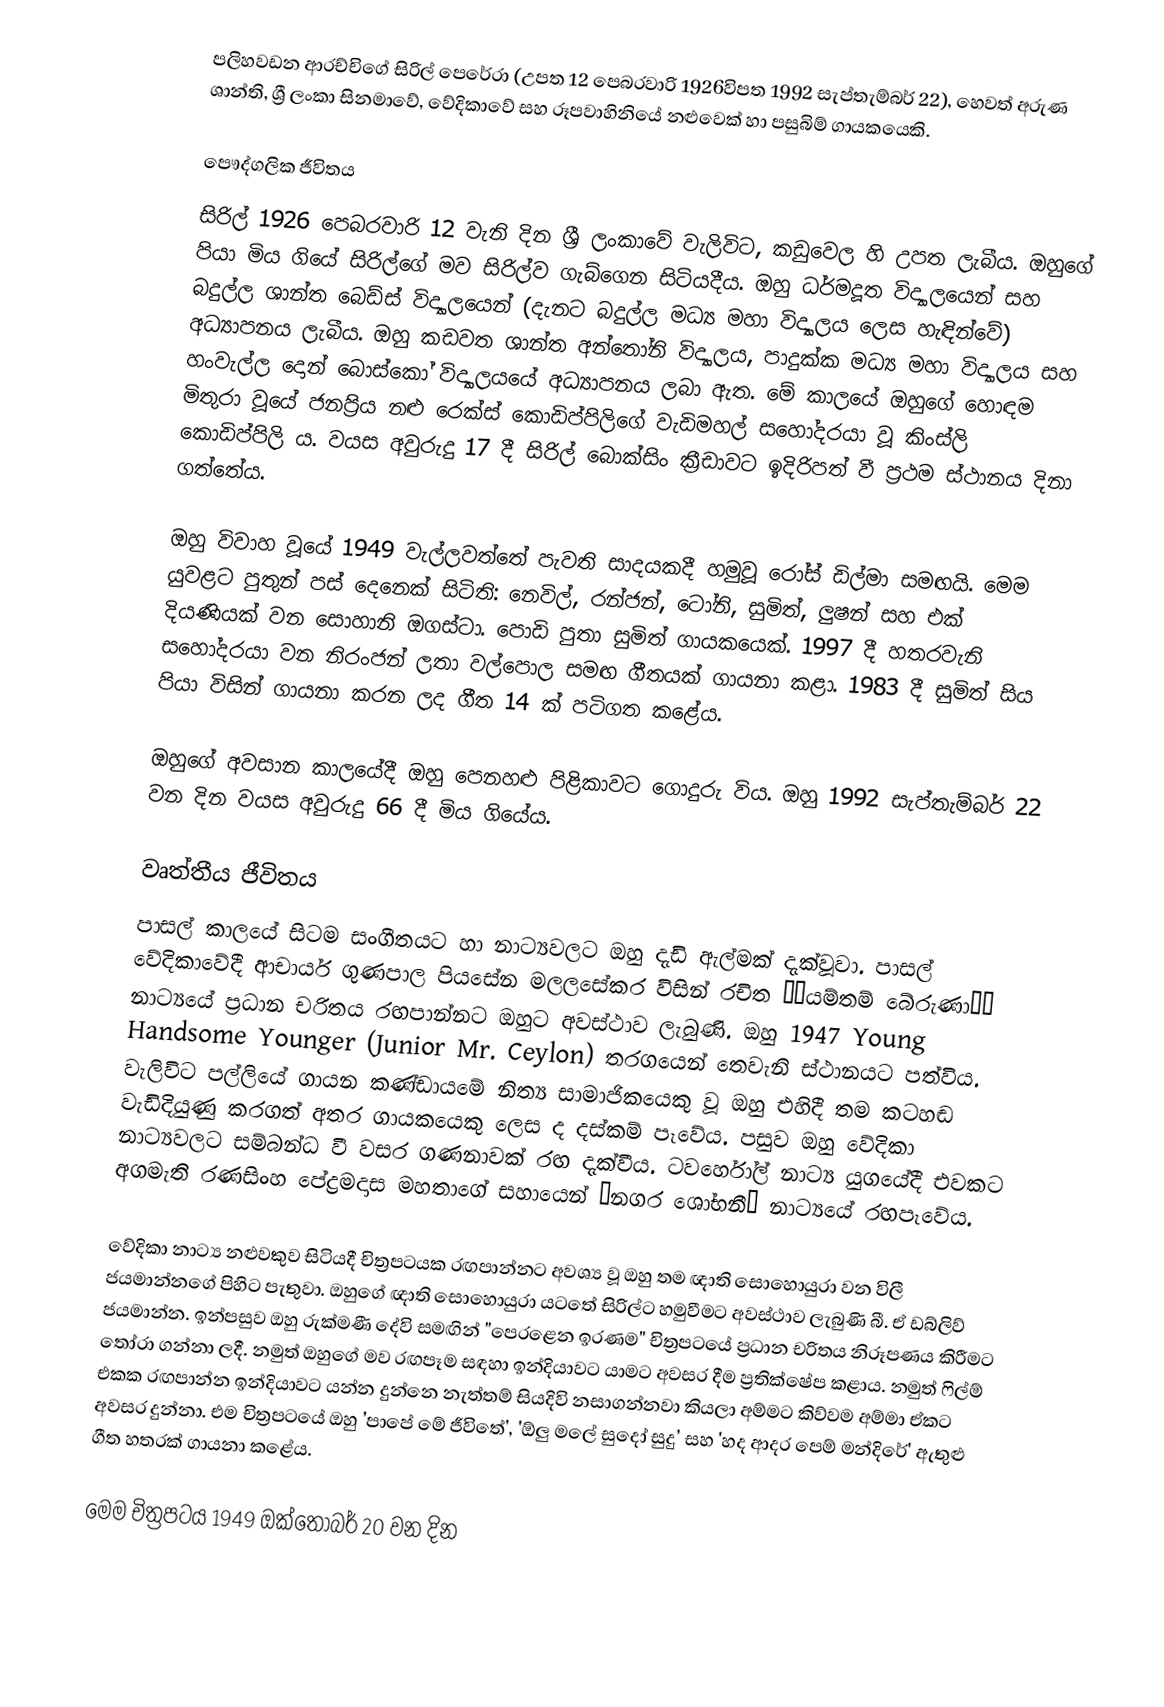
පලිහවඩන ආරච්චිගේ සිරිල් පෙරේරා (උපත 12 පෙබරවාරි 1926විපත 1992 සැප්තැම්බර් 22), හෙවත් අරුණ ශාන්ති, ශ්‍රී ලංකා සිනමාවේ, වේදිකාවේ සහ රූපවාහිනියේ නළුවෙක් හා පසුබිම් ගායකයෙකි.

පෞද්ගලික ජීවිතය
සිරිල් 1926 පෙබරවාරි 12 වැනි දින ශ්‍රී ලංකාවේ වැලිවිට, කඩුවෙල හි උපත ලැබීය. ඔහුගේ පියා මිය ගියේ සිරිල්ගේ මව සිරිල්ව ගැබ්ගෙන සිටියදීය. ඔහු ධර්මදූත විද්‍යාලයෙන් සහ බදුල්ල ශාන්ත බෙඩ්ස් විද්‍යාලයෙන් (දැනට බදුල්ල මධ්‍ය මහා විද්‍යාලය ලෙස හැඳින්වේ) අධ්‍යාපනය ලැබීය. ඔහු කඩවත ශාන්ත අන්තෝනි විද්‍යාලය, පාදුක්ක මධ්‍ය මහා විද්‍යාලය සහ හංවැල්ල දොන් බොස්කෝ විද්‍යාලයයේ අධ්‍යාපනය ලබා ඇත. මේ කාලයේ ඔහුගේ හොඳම මිතුරා වූයේ ජනප්‍රිය නළු රෙක්ස් කොඩිප්පිලිගේ වැඩිමහල් සහෝදරයා වූ කිංස්ලි කොඩිප්පිලි ය. වයස අවුරුදු 17 දී සිරිල් බොක්සිං ක්‍රීඩාවට ඉදිරිපත් වී ප්‍රථම ස්ථානය දිනා ගත්තේය.

ඔහු විවාහ වූයේ 1949 වැල්ලවත්තේ පැවති සාදයකදී හමුවූ රෝස් ඩිල්මා සමඟයි. මෙම යුවළට පුතුන් පස් දෙනෙක් සිටිති: නෙවිල්, රන්ජන්, ටෝනි, සුමිත්, ලුෂන් සහ එක් දියණියක් වන සොහානි ඔගස්ටා. පොඩි පුතා සුමිත් ගායකයෙක්. 1997 දී හතරවැනි සහෝදරයා වන නිරංජන් ලතා වල්පොල සමඟ ගීතයක් ගායනා කළා. 1983 දී සුමිත් සිය පියා විසින් ගායනා කරන ලද ගීත 14 ක් පටිගත කළේය.

ඔහුගේ අවසාන කාලයේදී ඔහු පෙනහළු පිළිකාවට ගොදුරු විය. ඔහු 1992 සැප්තැම්බර් 22 වන දින වයස අවුරුදු 66 දී මිය ගියේය.

වෘත්තීය ජීවිතය
පාසල් කාලයේ සිටම සංගීතයට හා නාට්‍යවලට ඔහු දැඩි ඇල්මක් දැක්වූවා. පාසල් වේදිකාවේදී ආචාර්ය ගුණපාල පියසේන මලලසේකර විසින් රචිත ‘‘යම්තම් බේරුණා’’ නාට්‍යයේ ප‍්‍රධාන චරිතය රඟපාන්නට ඔහුට අවස්ථාව ලැබුණි. ඔහු 1947 Young Handsome Younger (Junior Mr. Ceylon) තරගයෙන් තෙවැනි ස්ථානයට පත්විය. වැලිවිට පල්ලියේ ගායන කණ්ඩායමේ නිත්‍ය සාමාජිකයෙකු වූ ඔහු එහිදී තම කටහඬ වැඩිදියුණු කරගත් අතර ගායකයෙකු ලෙස ද දස්කම් පෑවේය. පසුව ඔහු වේදිකා නාට්‍යවලට සම්බන්ධ වී වසර ගණනාවක් රඟ දැක්වීය. ටවර්හෝල් නාට්‍ය යුගයේදී එවකට අගමැති රණසිංහ පේද්‍රමදාස මහතාගේ සහායෙන් “නගර ශෝභනී” නාට්‍යයේ රඟපෑවේය.

වේදිකා නාට්‍ය නළුවකුව සිටියදී චිත්‍රපටයක රඟපාන්නට අවශ්‍ය වූ ඔහු තම ඥාති සොහොයුරා වන විලී ජයමාන්නගේ පිහිට පැතුවා. ඔහුගේ ඥාති සොහොයුරා යටතේ සිරිල්ට හමුවීමට අවස්ථාව ලැබුණි බී. ඒ ඩබ්ලිව් ජයමාන්න. ඉන්පසුව ඔහු රුක්මණී දේවි සමඟින් "පෙරළෙන ඉරණම" චිත්‍රපටයේ ප්‍රධාන චරිතය නිරූපණය කිරීමට තෝරා ගන්නා ලදී. නමුත් ඔහුගේ මව රඟපෑම සඳහා ඉන්දියාවට යාමට අවසර දීම ප්‍රතික්ෂේප කළාය. නමුත් ෆිල්ම් එකක රඟපාන්න ඉන්දියාවට යන්න දුන්නෙ නැත්තම් සියදිවි නසාගන්නවා කියලා අම්මට කිව්වම අම්මා ඒකට අවසර දුන්නා. එම චිත්‍රපටයේ ඔහු 'පාපේ මේ ජීවිතේ', 'ඕලු මලේ සුදෝ සුදු' සහ 'හද ආදර පෙම් මන්දිරේ' ඇතුළු ගීත හතරක් ගායනා කළේය.

මෙම චිත්‍රපටය 1949 ඔක්තෝබර් 20 වන දින